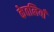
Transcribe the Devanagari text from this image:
केतलियाँ